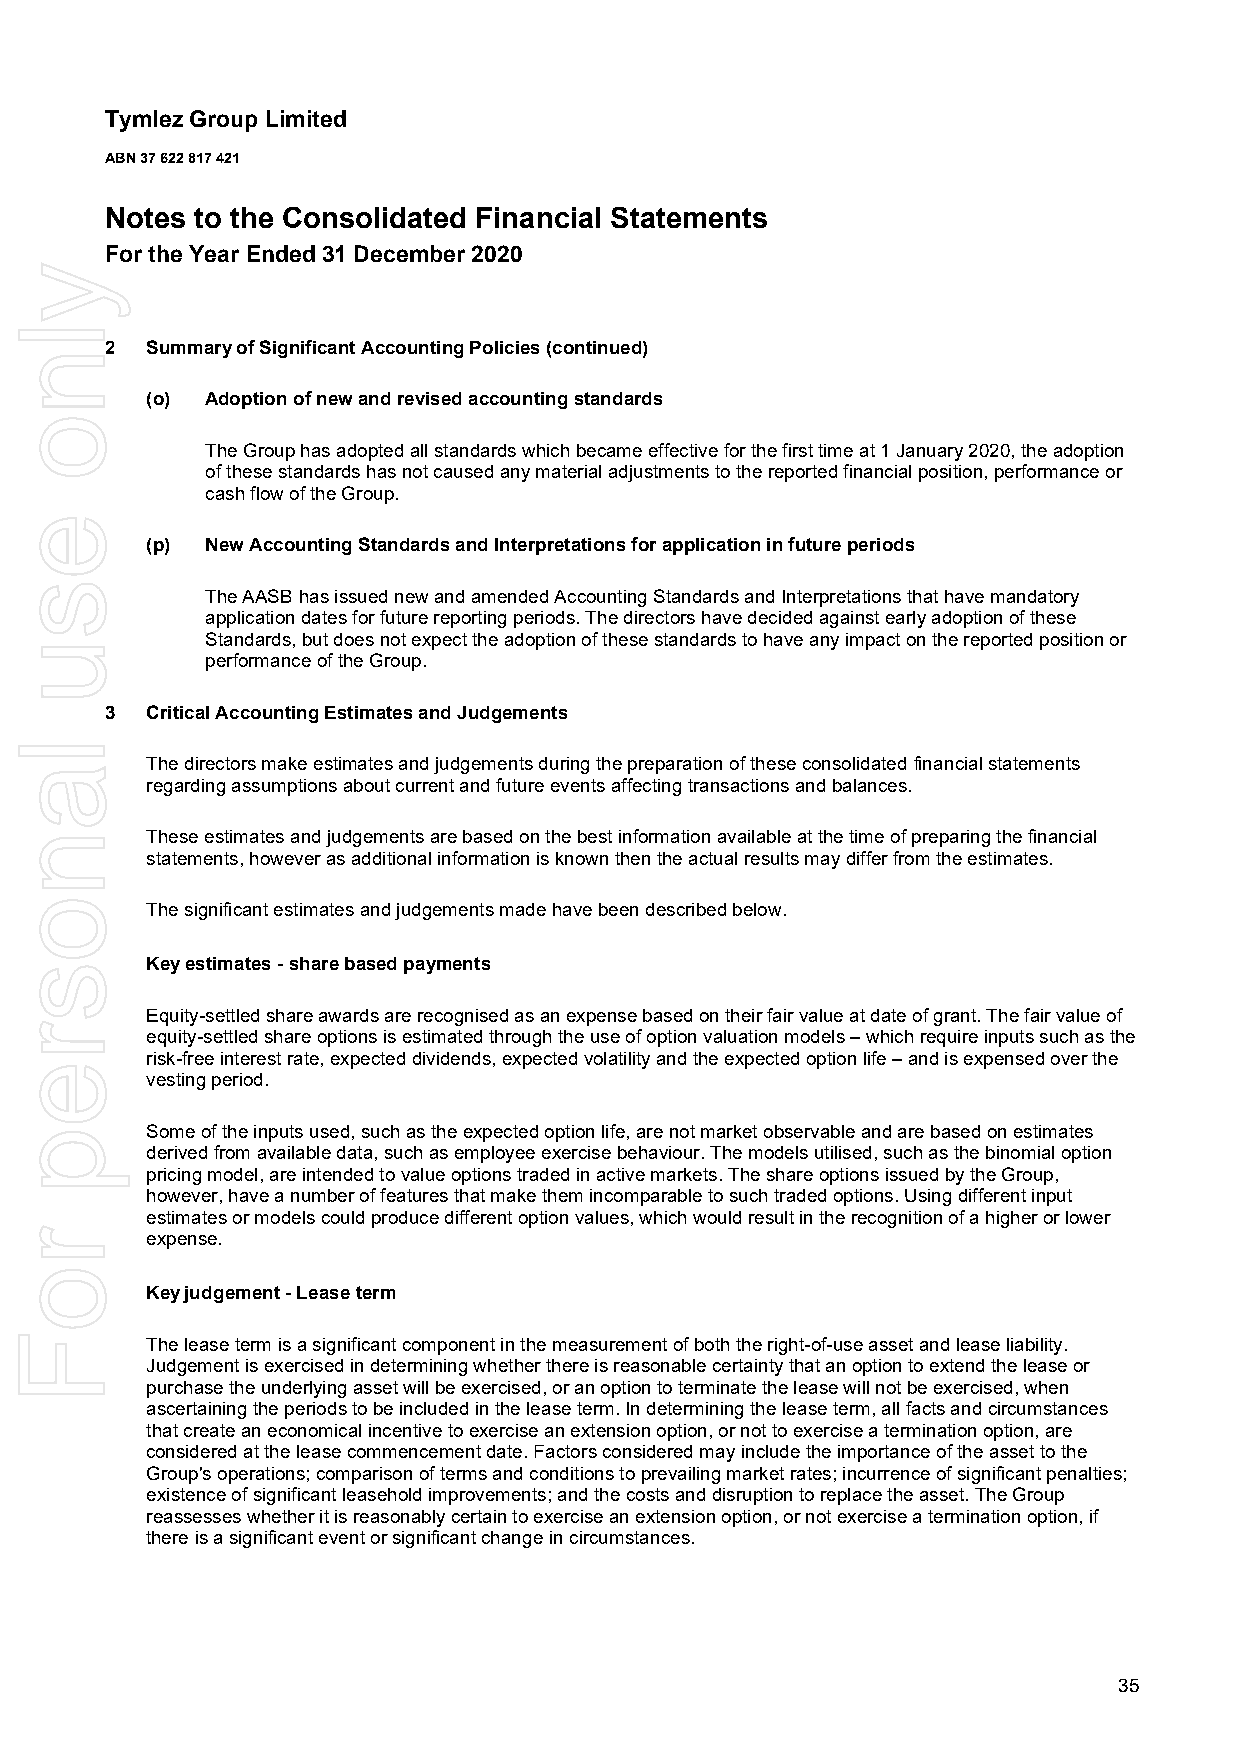
Tymlez Group Limited
 ABN 37 622 817 421
 Notes to the Consolidated Financial Statements
 For the Year Ended 31 December 2020
 2  Summary of Significant Accounting Policies (continued)
 (o) Adoption of new and revised accounting standards
 The Group has adopted all standards which became effective for the first time at 1 January 2020, the adoption
 of these standards has not caused any material adjustments to the reported financial position, performance or
 cash flow of the Group.
 (p) New Accounting Standards and Interpretations for application in future periods
 The AASB has issued new and amended Accounting Standards and Interpretations that have mandatory
 application dates for future reporting periods. The directors have decided against early adoption of these
 Standards, but does not expect the adoption of these standards to have any impact on the reported position or
 performance of the Group.
 3  Critical Accounting Estimates and Judgements
 The directors make estimates and judgements during the preparation of these consolidated financial statements
 regarding assumptions about current and future events affecting transactions and balances.
 These estimates and judgements are based on the best information available at the time of preparing the financial
 statements, however as additional information is known then the actual results may differ from the estimates.
 The significant estimates and judgements made have been described below.
 Key estimates - share based payments
 Equity-settled share awards are recognised as an expense based on their fair value at date of grant. The fair value of
 equity-settled share options is estimated through the use of option valuation models – which require inputs such as the
 risk-free interest rate, expected dividends, expected volatility and the expected option life – and is expensed over the
 vesting period.
 Some of the inputs used, such as the expected option life, are not market observable and are based on estimates
 derived from available data, such as employee exercise behaviour. The models utilised, such as the binomial option
 pricing model, are intended to value options traded in active markets. The share options issued by the Group,
 however, have a number of features that make them incomparable to such traded options. Using different input
 estimates or models could produce different option values, which would result in the recognition of a higher or lower
 expense.
 Key judgement - Lease term
 The lease term is a significant component in the measurement of both the right-of-use asset and lease liability.
 Judgement is exercised in determining whether there is reasonable certainty that an option to extend the lease or
 purchase the underlying asset will be exercised, or an option to terminate the lease will not be exercised, when
 ascertaining the periods to be included in the lease term. In determining the lease term, all facts and circumstances
 that create an economical incentive to exercise an extension option, or not to exercise a termination option, are
 considered at the lease commencement date. Factors considered may include the importance of the asset to the
 Group's operations; comparison of terms and conditions to prevailing market rates; incurrence of significant penalties;
 existence of significant leasehold improvements; and the costs and disruption to replace the asset. The Group
 reassesses whether it is reasonably certain to exercise an extension option, or not exercise a termination option, if
 there is a significant event or significant change in circumstances.
 35
 ylno
 esu
 lanosrep
 roF